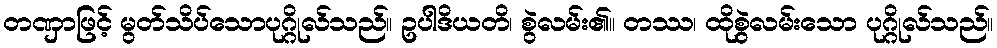
တဏှာဖြင့် မွတ်သိပ်သောပုဂ္ဂိုလ်သည်။ ဥပါဒိယတိ၊ စွဲလမ်း၏။ တဿ၊ ထိုစွဲလမ်းသော ပုဂ္ဂိုလ်သည်။